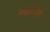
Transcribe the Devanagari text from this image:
मार्क़ज़ी